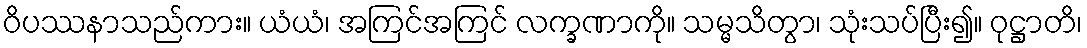
ဝိပဿနာသည်ကား။ ယံယံ၊ အကြင်အကြင် လက္ခဏာကို။ သမ္မသိတွာ၊ သုံးသပ်ပြီး၍။ ဝုဋ္ဌာတိ၊